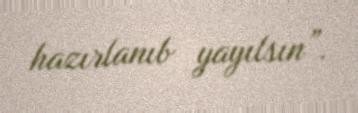
hazırlanıb yayılsın”.